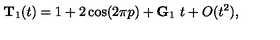
{ \bf T } _ { 1 } ( t ) = 1 + 2 \cos ( 2 \pi p ) + { \bf G } _ { 1 } \ t + O ( t ^ { 2 } ) ,